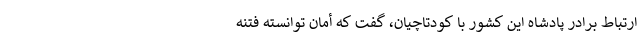
ارتباط برادر پادشاه این کشور با کودتاچیان، گفت که أمان توانسته فتنه